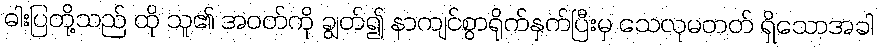
ဓါးပြတို့သည် ထို သူ၏ အဝတ်ကို ချွတ်၍ နာကျင်စွာရိုက်နှက်ပြီးမှ သေလုမတတ် ရှိသောအခါ